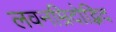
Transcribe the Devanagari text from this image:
लवनम्रिदोद्भिद